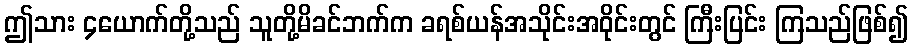
ဤသား ၄ယောက်တို့သည် သူတို့မိခင်ဘက်က ခရစ်ယန်အသိုင်းအဝိုင်းတွင် ကြီးပြင်း ကြသည်ဖြစ်၍